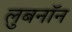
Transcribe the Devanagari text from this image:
लुबनॉन